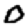
Digit: 0